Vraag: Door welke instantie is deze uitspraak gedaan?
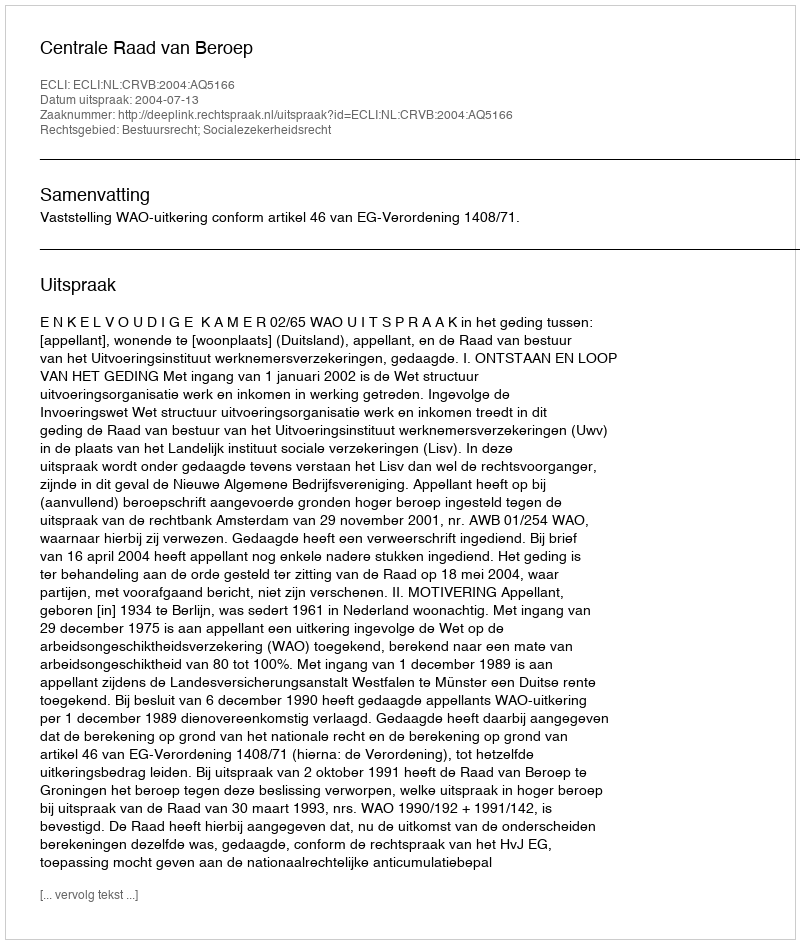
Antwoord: Centrale Raad van Beroep